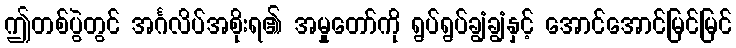
ဤတစ်ပွဲတွင် အင်္ဂလိပ်အစိုးရ၏ အမှုတော်ကို ရွပ်ရွပ်ချွံချွံနှင့် အောင်အောင်မြင်မြင်